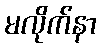
မလိုက်နာ